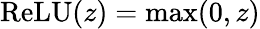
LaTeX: {\textrm{ReLU}}(z)=\operatorname*{max}(0,z)